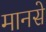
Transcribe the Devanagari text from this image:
मानसे